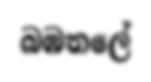
බඹතලේ